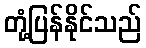
တုံ့ပြန်နိုင်သည်